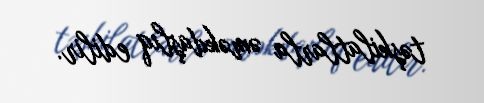
təşkilatlarla əməkdaşlıq edilir.